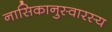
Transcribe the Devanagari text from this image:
नासिकानुस्वारस्य